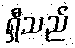
ရှီသည်